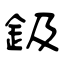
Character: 鈒